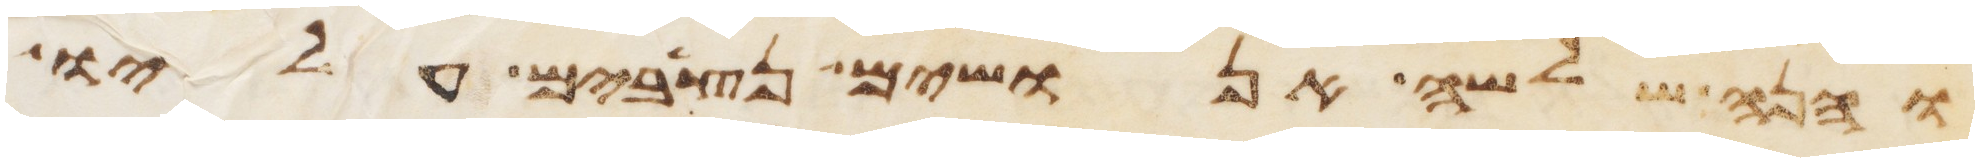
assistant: והנה שלשה אנושים נצבים עליו